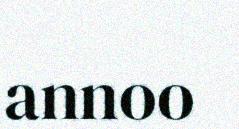
annoo